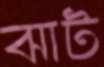
ঝাট